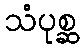
သံပုစ္ဆ